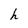
Character: h